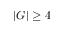
| G | \ge 4